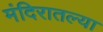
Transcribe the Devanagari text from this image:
मंदिरातल्या